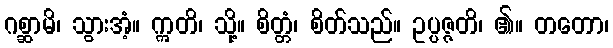
ဂစ္ဆာမိ၊ သွားအံ့။ ဣတိ၊ သို့။ စိတ္တံ၊ စိတ်သည်။ ဥပ္ပဇ္ဇတိ၊ ၏။ တတော၊